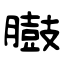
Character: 臌